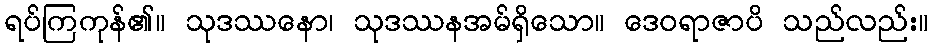
ရပ်ကြကုန်၏။ သုဒဿနော၊ သုဒဿနအမ်ရှိသော။ ဒေဝရာဇာပိ သည်လည်း။